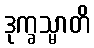
ဒုက္ခသ္မာတိ